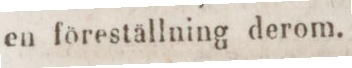
en föreställning derom.